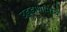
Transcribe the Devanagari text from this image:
उड्डाणांमध्ये